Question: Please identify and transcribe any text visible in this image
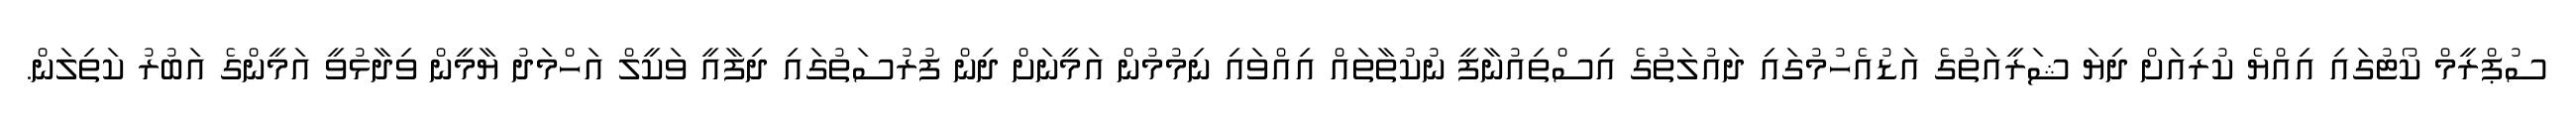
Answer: ސުޕްރީމް ކޯޓުގައި އިއްޔެ ކުރިއަށް ދިޔަ ޝަރީއަތުގެ އަޑުއެހުމުގައި ދައުލަތުގެ އިސްތިއުނާފީ ނުކުތާތައް އިއްވައި ނިމުމުން އަމީނަށް ދިން ފުރުސަތުގައި ދިފާއީ ވަކީލް އަހްމަދު ޔާމީން ވިދާޅުވީ އަމީންގެ އަބުރު ކަތިލަން.